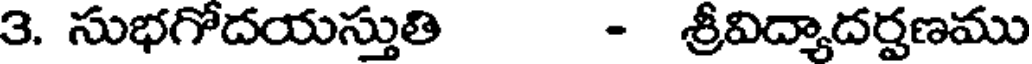
3. సుభగోదయస్తుతి - శ్రీవిద్యాదర్షణము